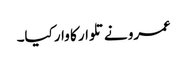
عمرو نے تلوار کا وار کیا۔